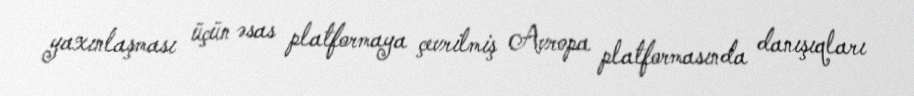
yaxınlaşması üçün əsas platformaya çevrilmiş Avropa platformasında danışıqları